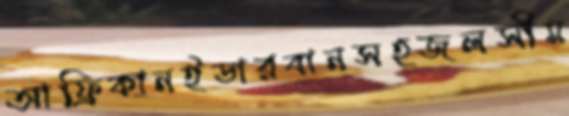
আফ্রিকানইডারবানসহজলসীম